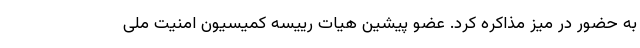
به حضور در میز مذاکره کرد. عضو پیشین هیات رییسه کمیسیون امنیت ملی